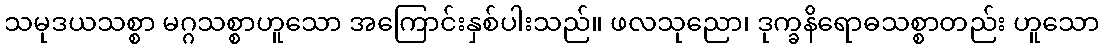
သမုဒယသစ္စာ မဂ္ဂသစ္စာဟူသော အကြောင်းနှစ်ပါးသည်။ ဖလသုညော၊ ဒုက္ခနိရောဓသစ္စာတည်း ဟူသော